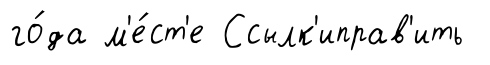
го́да м'е́ст'е Ссылк'иправ'ить